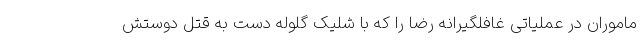
ماموران در عملیاتی غافلگیرانه رضا را که با شلیک گلوله دست به قتل دوستش